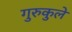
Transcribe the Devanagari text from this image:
गुरुकुले